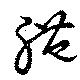
軆